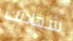
شهادتك